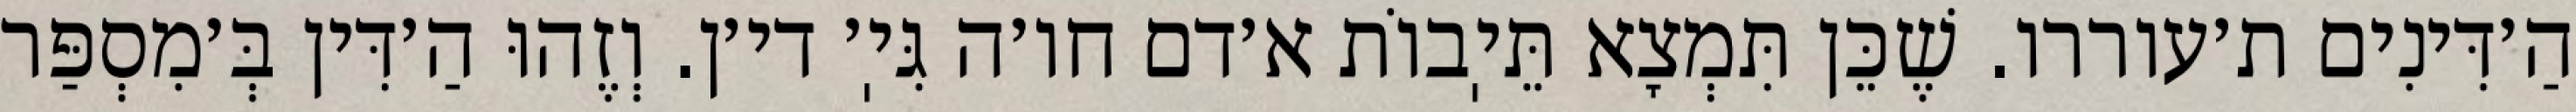
הַ׳דִּינִים ת׳עוררו. שֶׁכֵּן תִּמְצָא תֵּיֽבוֹת א׳דם חו׳ה גִּיֽ׳ די׳ן. וְזֶהוּ הַ׳דִּין בְּ׳מִסְפַּר